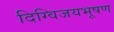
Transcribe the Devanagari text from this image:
दिग्विजयभूषण